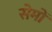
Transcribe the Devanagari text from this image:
सेमों